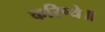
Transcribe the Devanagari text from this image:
करिष्ये॥